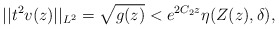
\begin{align*}||t^2v(z)||_{L^2} = \sqrt{g(z)}<e^{2C_2z} \eta(Z(z),\delta),\end{align*}